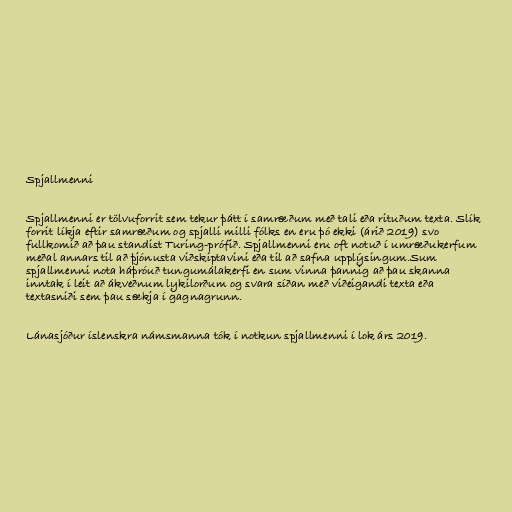
Spjallmenni

Spjallmenni er tölvuforrit sem tekur þátt í samræðum með tali eða rituðum texta. Slík
forrit líkja eftir samræðum og spjalli milli fólks en eru þó ekki (árið 2019) svo
fullkomið að þau standist Turing-prófið. Spjallmenni eru oft notuð í umræðukerfum
meðal annars til að þjónusta viðskiptavini eða til að safna upplýsingum.Sum
spjallmenni nota háþróuð tungumálakerfi en sum vinna þannig að þau skanna
inntak í leit að ákveðnum lykilorðum og svara síðan með viðeigandi texta eða
textasniði sem þau sækja í gagnagrunn.

Lánasjóður íslenskra námsmanna tók í notkun spjallmenni í lok árs 2019.